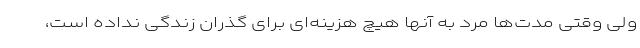
ولی وقتی مدت‌ها مرد به آنها هیچ هزینه‌ای برای گذران زندگی نداده است،